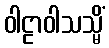
ဝါဠာဝါသသ္မိံ